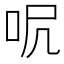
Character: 𠰾